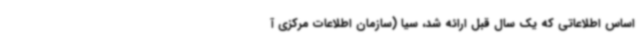
اساس اطلاعاتی که یک سال قبل ارائه شد، سیا (سازمان اطلاعات مرکزی آ